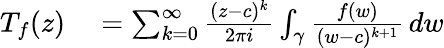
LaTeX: \begin{array}{rl}{T_{f}(z)}&{{}=\sum_{k=0}^{\infty}{\frac{(z-c)^{k}}{2\pi i}}\int_{\gamma}{\frac{f(w)}{(w-c)^{k+1}}}\, dw}\end{array}